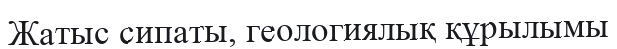
Жатыс сипаты, геологиялық құрылымы